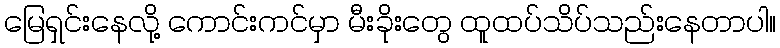
မြေရှင်းနေလို့ ကောင်းကင်မှာ မီးခိုးတွေ ထူထပ်သိပ်သည်းနေတာပါ။